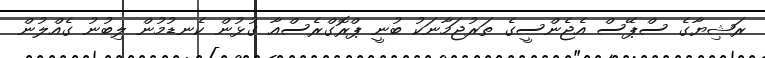
ރަޝިޔާގެ ސްޕޭސް އެޖެންސީގެ ތަރުޖަމާނަކު ބުނީ ޕްރޮގްރެސްއާ ގުޅުން ކެނޑުމުން ލިބުނު ގެއްލުން